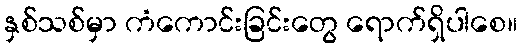
နှစ်သစ်မှာ ကံကောင်းခြင်းတွေ ရောက်ရှိပါစေ။